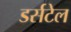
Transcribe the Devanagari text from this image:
डर्सटेल